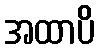
အထာပိ